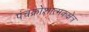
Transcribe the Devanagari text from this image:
पंचक्रोशात्मकक्षेत्र